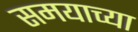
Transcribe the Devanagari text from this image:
समयाच्या